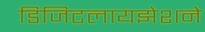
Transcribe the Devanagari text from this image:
डिजिटलायझेशने